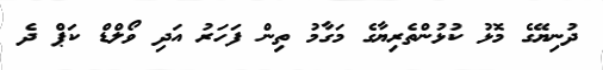
ދުނިޔޭގެ މޮޅު ކުޅުންތެރިޔާގެ މަގާމު ތިން ފަހަރު އަދި ވޯލްޑް ކަޕް ދެ